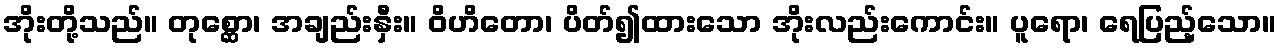
အိုးတို့သည်။ တုစ္ဆော၊ အချည်းနှီး။ ဝိဟိတော၊ ပိတ်၍ထားသော အိုးလည်းကောင်း။ ပူရော၊ ရေပြည့်သော။